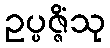
ဥပ္ပဇ္ဇိံသု